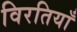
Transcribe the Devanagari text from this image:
विरतियाँ